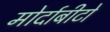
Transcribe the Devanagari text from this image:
मोर्दाबीटो